Lunatic asylums Punjab 1868-1880 - 1868-1880
Year: 1868
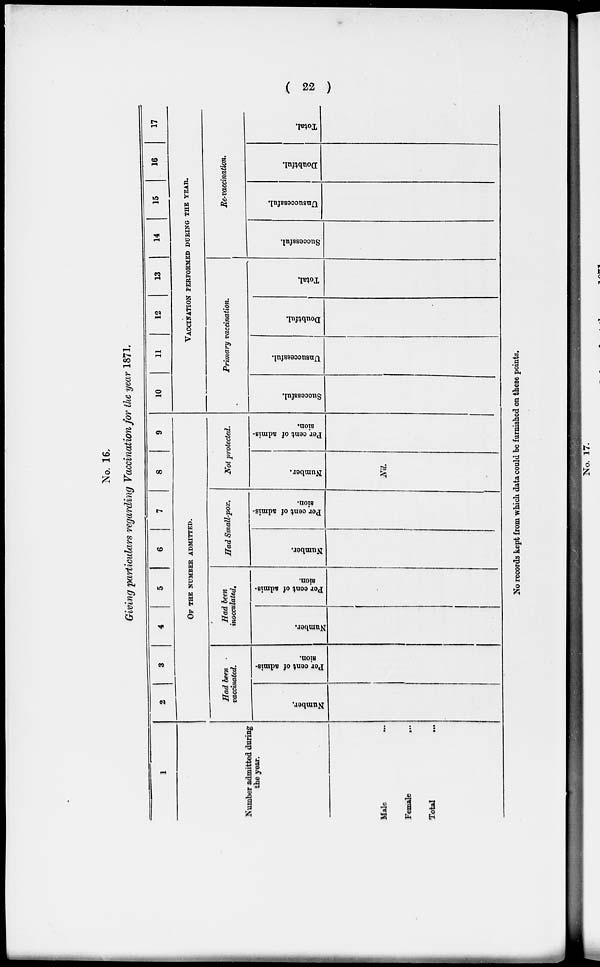
(
22
)
No. 16.
Giving particulars regarding Vaccination for the year 1871.
1
Number admitted during
the year.
Male
...
Female
...
Total ...
2
3
4
5
6
7
8
9
OF THE NUMBER ADMITTED.
Had been
vaccinated.
Number,
Per cent of admis-
sion.
Had been
inocculated.
Number.
Per cent of admis-
sion.
Had Small-pox.
Number.
Per cent of admis-
sion.
Not protected.
Number.
Nil.
Per cent of admis-
sion.
10
11
12
13
14
15
16
17
VACCINATION PERFORMED DURING THE YEAR.
Primary vaccination.
Successful.
Unsuccessful.
Doubtful.
Total.
Re-vaccination.
Successful.
Unsuccessful.
Doubtful.
Total.
No records kept from which data could be furnished on these points.